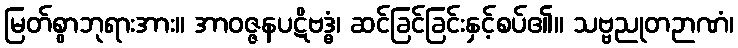
မြတ်စွာဘုရားအား။ အာဝဇ္ဇနပဋိဗဒ္ဓံ၊ ဆင်ခြင်ခြင်းနှင့်စပ်၏။ သဗ္ဗညုတဉာဏံ၊